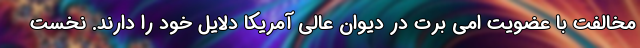
مخالفت با عضویت امی برت در دیوان عالی آمریکا دلایل خود را دارند. نخست